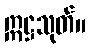
ဣဋ္ဌသုတ်။